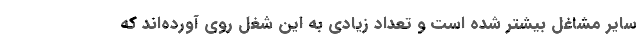
سایر مشاغل بیشتر شده است و تعداد زیادی به این شغل روی آورده‌اند که